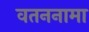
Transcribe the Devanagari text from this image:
वतननामा